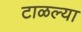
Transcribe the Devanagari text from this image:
टाळल्या